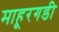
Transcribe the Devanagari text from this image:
माहूरगडी